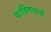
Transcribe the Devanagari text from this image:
यांविषयाचे